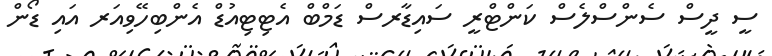
ސީ ދީސް ސެންސްލެސް ކަންޓްރީ ސައިޑާރސް ޑަމްބް އެޓިޓިއުޑް އެންބިހޭވިއަރ އައި ޑޯން